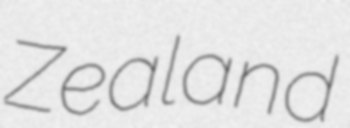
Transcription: Zealand